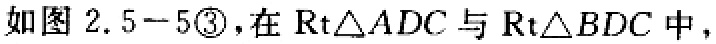
如图 \(2.5 - 5\textcircled{3}\)，在\(\text{Rt}\triangle ADC\)与\(\text{Rt}\triangle BDC\)中，